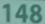
148